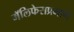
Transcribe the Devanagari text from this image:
मॅलिफेराप्रमाणे